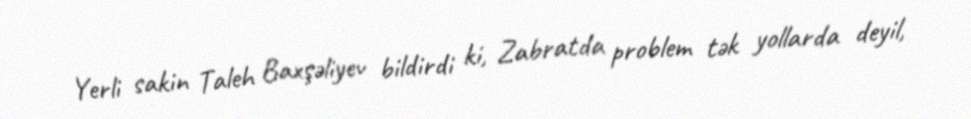
Yerli sakin Taleh Baxşəliyev bildirdi ki, Zabratda problem tək yollarda deyil,